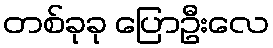
တစ်ခုခု ပြောဦးလေ